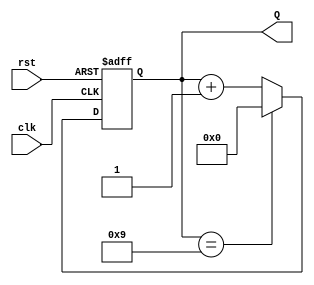
module decade_counter (
    input wire clk,     // Clock input
    input wire rst,     // Asynchronous reset
    output reg [3:0] Q  // 4-bit count output
);

// Always block triggered on the rising edge of the clock or when reset is high
always @(posedge clk or posedge rst) begin
    if (rst) begin
        Q <= 4'b0000; // Reset count to 0
    end else begin
        if (Q == 4'b1001) begin
            Q <= 4'b0000; // Reset to 0 when count reaches 10
        end else begin
            Q <= Q + 1;   // Increment the count
        end
    end
end

endmodule